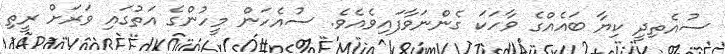
ސުއެތިދީ ކިޔާ ބައެއްގެ ވާހަކަ ގެންނަވާފައިވެއެވެ. ސުއެހަން މީހުންގެ އަތުގައި ވަރަށް ރީތި